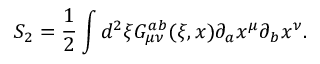
S _ { 2 } = \frac { 1 } { 2 } \int d ^ { 2 } \xi G _ { \mu \nu } ^ { a b } ( \xi , x ) \partial _ { a } x ^ { \mu } \partial _ { b } x ^ { \nu } .